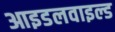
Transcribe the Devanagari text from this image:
आइडलवाइल्ड